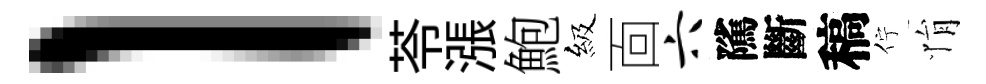
l苓漲鮑級靣六隲斷稿佇悁